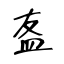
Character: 𥁊